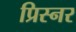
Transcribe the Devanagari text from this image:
प्रिस्नर